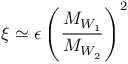
\xi \simeq \epsilon \left( \frac { M _ { W _ { 1 } } } { M _ { W _ { 2 } } } \right) ^ { 2 }